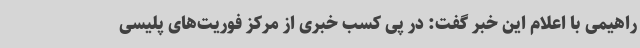
راهیمی با اعلام این خبر گفت: در پی کسب خبری از مرکز فوریت‌های پلیسی